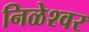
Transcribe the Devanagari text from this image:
निळेश्वर